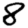
Digit: 8